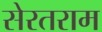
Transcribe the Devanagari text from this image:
सेरतराम